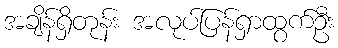
အချိန်ရှိတုန်း အလုပ်ပြန်ရှာထွက်ဦး